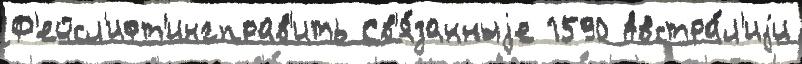
Ф'ейсл'ифт'ингправ'ить Св'я́занныjе 1590 Австра́л'иjи